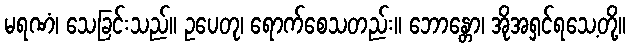
မရဏံ၊ သေခြင်းသည်။ ဥပေတု၊ ရောက်စေသတည်း။ ဘောန္တော၊ အိုအရှင်ရသေ့တို့။